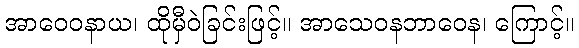
အာဝေဝနာယ၊ ထိုမှီဝဲခြင်းဖြင့်။ အာသေဝနဘာဝေန၊ ကြောင့်။